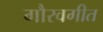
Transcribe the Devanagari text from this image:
गौरवगीत